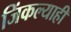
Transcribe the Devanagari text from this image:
जिंकल्याही